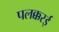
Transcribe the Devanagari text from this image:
पलक्करई